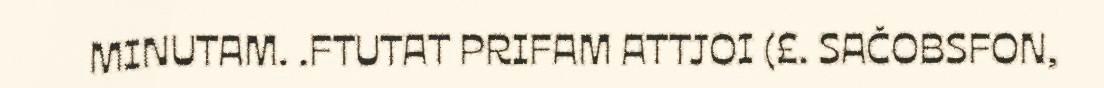
MINUTAM. .FTUTAT PRIFAM ATTJOI (£. SAČOBSFON,